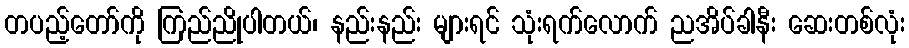
တပည့်တော်ကို ကြည်ညိုပါတယ်၊ နည်းနည်း များရင် သုံးရက်လောက် ညအိပ်ခါနီး ဆေးတစ်လုံး